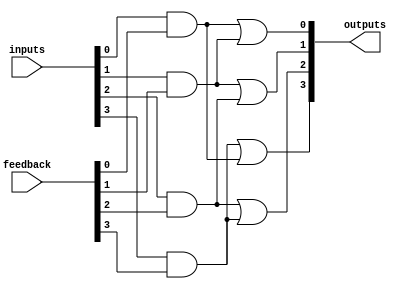
module HS_PAL (
    input wire [N-1:0] inputs,        // Input lines (N inputs)
    input wire [M-1:0] feedback,      // Feedback from output lines (M feedback inputs)
    output wire [P-1:0] outputs       // Output lines (P outputs)
);

// Parameters for the design
parameter N = 8;  // Number of inputs
parameter M = 4;  // Number of feedback inputs
parameter P = 4;  // Number of outputs
parameter AND_TERMS = 4; // Number of AND gates
parameter OR_TERMS = 4; // Number of OR gates

// Programmable AND gates
wire [AND_TERMS-1:0] and_out; // Outputs of AND gates

// Instantiate programmable AND gates
genvar i;
generate
    for (i = 0; i < AND_TERMS; i = i + 1) begin : and_gates
        // Example programmable AND gate logic (replace with actual programming logic)
        assign and_out[i] = (inputs[i] & feedback[i % M]); // Simple example for programming
    end
endgenerate

// Fixed OR gates
wire [OR_TERMS-1:0] or_out; // Outputs of OR gates

// Instantiate fixed OR gates
generate
    for (i = 0; i < P; i = i + 1) begin : or_gates
        // Combining outputs from AND gates to produce final outputs
        assign outputs[i] = and_out[i] | and_out[(i + 1) % AND_TERMS]; // Example logic
    end
endgenerate

endmodule